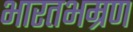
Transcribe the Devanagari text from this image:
भारतभम्रण